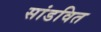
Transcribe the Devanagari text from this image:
सांडवित